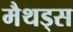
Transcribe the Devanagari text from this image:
मैथड्स